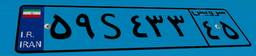
۵۹S۴۳۳۴۵